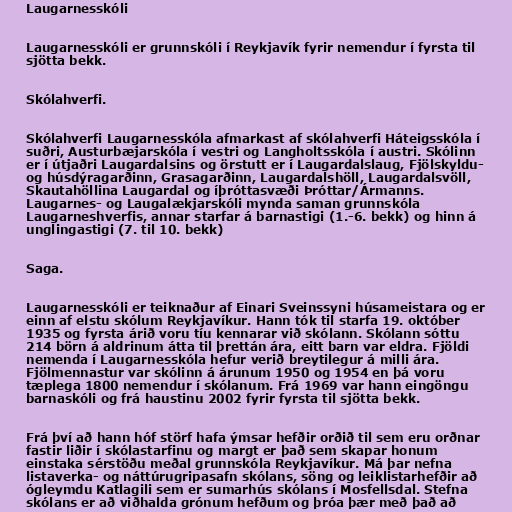
Laugarnesskóli

Laugarnesskóli er grunnskóli í Reykjavík fyrir nemendur í fyrsta til
sjötta bekk.

Skólahverfi.

Skólahverfi Laugarnesskóla afmarkast af skólahverfi Háteigsskóla í
suðri, Austurbæjarskóla í vestri og Langholtsskóla í austri. Skólinn
er í útjaðri Laugardalsins og örstutt er í Laugardalslaug, Fjölskyldu-
og húsdýragarðinn, Grasagarðinn, Laugardalshöll, Laugardalsvöll,
Skautahöllina Laugardal og íþróttasvæði Þróttar/Ármanns.
Laugarnes- og Laugalækjarskóli mynda saman grunnskóla
Laugarneshverfis, annar starfar á barnastigi (1.-6. bekk) og hinn á
unglingastigi (7. til 10. bekk)

Saga.

Laugarnesskóli er teiknaður af Einari Sveinssyni húsameistara og er
einn af elstu skólum Reykjavíkur. Hann tók til starfa 19. október
1935 og fyrsta árið voru tíu kennarar við skólann. Skólann sóttu
214 börn á aldrinum átta til þrettán ára, eitt barn var eldra. Fjöldi
nemenda í Laugarnesskóla hefur verið breytilegur á milli ára.
Fjölmennastur var skólinn á árunum 1950 og 1954 en þá voru
tæplega 1800 nemendur í skólanum. Frá 1969 var hann eingöngu
barnaskóli og frá haustinu 2002 fyrir fyrsta til sjötta bekk.

Frá því að hann hóf störf hafa ýmsar hefðir orðið til sem eru orðnar
fastir liðir í skólastarfinu og margt er það sem skapar honum
einstaka sérstöðu meðal grunnskóla Reykjavíkur. Má þar nefna
listaverka- og náttúrugripasafn skólans, söng og leiklistarhefðir að
ógleymdu Katlagili sem er sumarhús skólans í Mosfellsdal. Stefna
skólans er að viðhalda grónum hefðum og þróa þær með það að